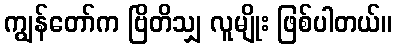
ကျွန်တော်က ဗြိတိသျှ လူမျိုး ဖြစ်ပါတယ်။